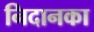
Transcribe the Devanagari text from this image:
निदानका